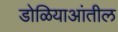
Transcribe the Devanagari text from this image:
डोळियाआंतील